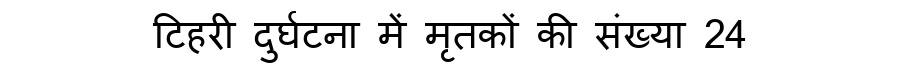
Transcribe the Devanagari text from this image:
टिहरी दुर्घटना में मृतकों की संख्या 24